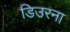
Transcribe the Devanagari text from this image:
डिउरना